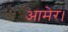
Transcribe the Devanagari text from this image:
आमेर।